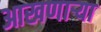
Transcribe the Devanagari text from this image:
आखणार्‍या